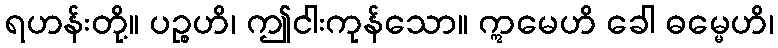
ရဟန်းတို့။ ပဉ္စဟိ၊ ဤငါးကုန်သော။ ဣမေဟိ ခေါ ဓမ္မေဟိ၊